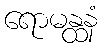
ရောမန္ထနံ